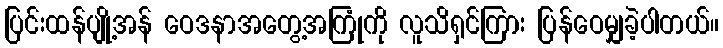
ပြင်းထန်ပျို့အန် ဝေဒနာအတွေ့အကြုံကို လူသိရှင်ကြား ပြန်ဝေမျှခဲ့ပါတယ်။